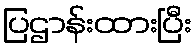
ပြဌာန်းထားပြီး